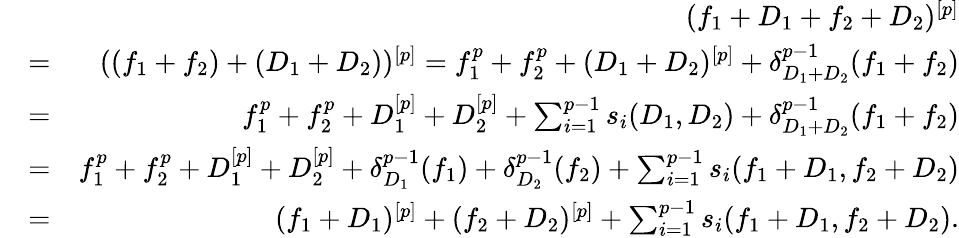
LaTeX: \begin{array}{rlr}&{}&{(f_{1}+D_{1}+f_{2}+D_{2})^{[p]}}\\ &{=}&{((f_{1}+f_{2})+(D_{1}+D_{2}))^{[p]}=f_{1}^{p}+f_{2}^{p}+(D_{1}+D_{2})^{[p]}+\delta_{D_{1}+D_{2}}^{p-1}(f_{1}+f_{2})}\\ &{=}&{f_{1}^{p}+f_{2}^{p}+D_{1}^{[p]}+D_{2}^{[p]}+\sum_{i=1}^{p-1}s_{i}(D_{1},D_{2})+\delta_{D_{1}+D_{2}}^{p-1}(f_{1}+f_{2})}\\ &{=}&{f_{1}^{p}+f_{2}^{p}+D_{1}^{[p]}+D_{2}^{[p]}+\delta_{D_{1}}^{p-1}(f_{1})+\delta_{D_{2}}^{p-1}(f_{2})+\sum_{i=1}^{p-1}s_{i}(f_{1}+D_{1},f_{2}+D_{2})}\\ &{=}&{(f_{1}+D_{1})^{[p]}+(f_{2}+D_{2})^{[p]}+\sum_{i=1}^{p-1}s_{i}(f_{1}+D_{1},f_{2}+D_{2}).}\end{array}